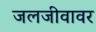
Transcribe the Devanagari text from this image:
जलजीवावर